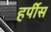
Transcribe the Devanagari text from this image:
हर्पीस